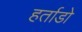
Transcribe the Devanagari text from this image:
हर्ताडो